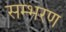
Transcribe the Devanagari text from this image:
सम्भरण